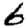
Digit: 6